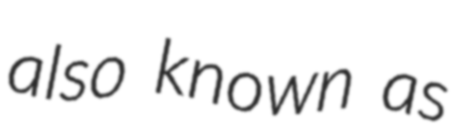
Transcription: also known as